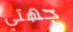
جهتي